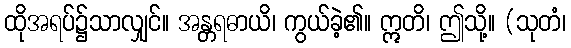
ထိုအရပ်၌သာလျှင်။ အန္တရဓာယိ၊ ကွယ်ခဲ့၏။ ဣတိ၊ ဤသို့။ (သုတံ၊